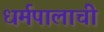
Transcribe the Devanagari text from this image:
धर्मपालाची